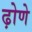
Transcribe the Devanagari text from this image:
ढ़ोणे